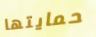
حمايتها